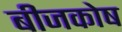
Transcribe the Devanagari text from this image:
बीजकोष